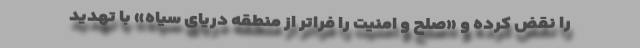
را نقض کرده و «صلح و امنیت را فراتر از منطقه دریای سیاه» با تهدید